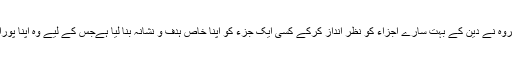
غر ضیکہ ہر جماعت و گروہ نے دین کے بہت سارے اجزاء کو نظر انداز کرکے کسی ایک جزء کو اپنا خاص ہدف و نشانہ بنا لیا ہےجس کے لیے وہ اپنا پورا زور صرف کر رہی ہیں۔